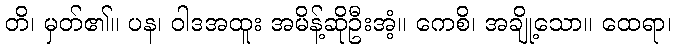
တိ၊ မှတ်၏။ ပန၊ ဝါဒအထူး အမိန့်ဆိုဦးအံ့။ ကေစိ၊ အချို့သော။ ထေရာ၊